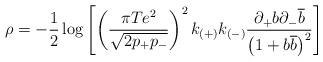
LaTeX: \begin{align*}\rho =-\frac{1}{2}\log \left[ \left( \frac{\pi Te^{2}}{\sqrt{2p_{+}p_{-}}}\right) ^{2}k_{(+)}k_{(-)}\frac{\partial _{+}b\partial _{-}\overline{b}}{\left( 1+b\overline{b}\right) ^{2}}\right]\end{align*}